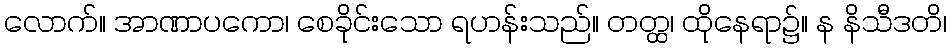
လောက်။ အာဏာပကော၊ စေခိုင်းသော ရဟန်းသည်။ တတ္ထ၊ ထိုနေရာ၌။ န နိသီဒတိ၊